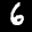
Label: 6